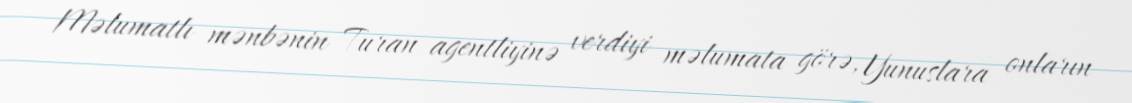
Məlumatlı mənbənin Turan agentliyinə verdiyi məlumata görə, Yunuslara onların